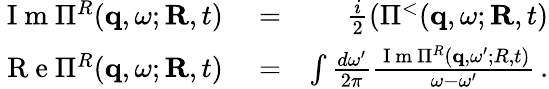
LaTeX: \begin{array}{rlr}{\mathrm{~I~m~}\Pi^{R}({\mathbf q},\omega;{\mathbf R},t)}&{{}=}&{\frac{i}{2}\left(\Pi^{<}({\mathbf q},\omega;{\mathbf R},t)\right.}\\ {\mathrm{~R~e~}\Pi^{R}({\mathbf q},\omega;{\mathbf R},t)}&{{}=}&{\int\frac{d\omega^{\prime}}{2\pi}\frac{\mathrm{~I~m~}\Pi^{R}({\mathbf q},\omega^{\prime};R,t)}{\omega-\omega^{\prime}}\, .}\end{array}